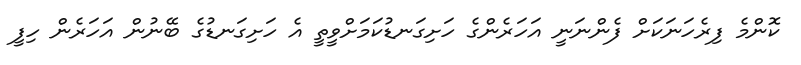
ކޮންމެ ފިރެހަނަކަށް ފެންނަނީ އަހަރެންގެ ހަށިގަނޑުކަމަށްވީތީ އެ ހަށިގަނޑުގެ ބޭނުން އަހަރެން ހިފީ